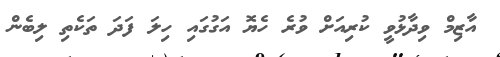
އާޒިމް ވިދާޅުވީ ކުރިއަށް ވުރެ ހެޔޮ އަގުގައި ހިލަ ފަދަ ތަކެތި ލިބެން